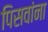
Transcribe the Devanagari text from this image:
पिसवांना